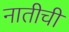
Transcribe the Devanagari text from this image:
नातीची